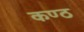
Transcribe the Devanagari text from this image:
कण्‍ठ